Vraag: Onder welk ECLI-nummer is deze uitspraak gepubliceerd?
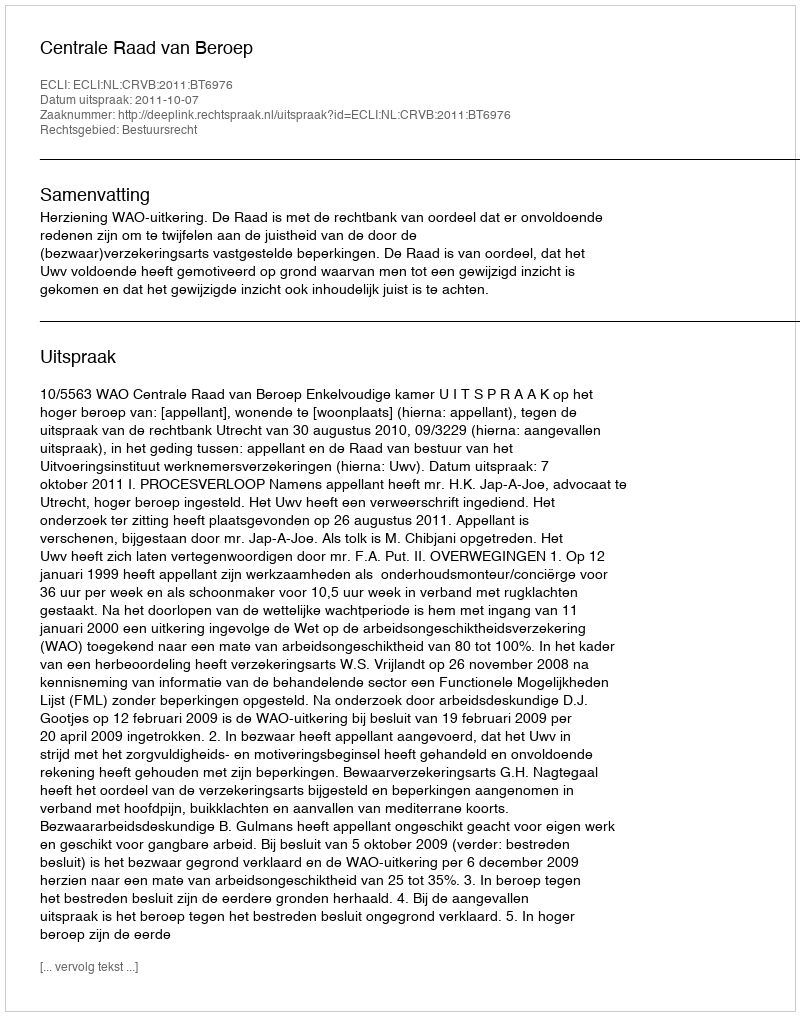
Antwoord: ECLI:NL:CRVB:2011:BT6976